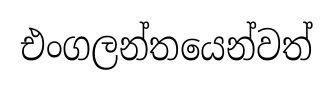
එංගලන්තයෙන්වත්